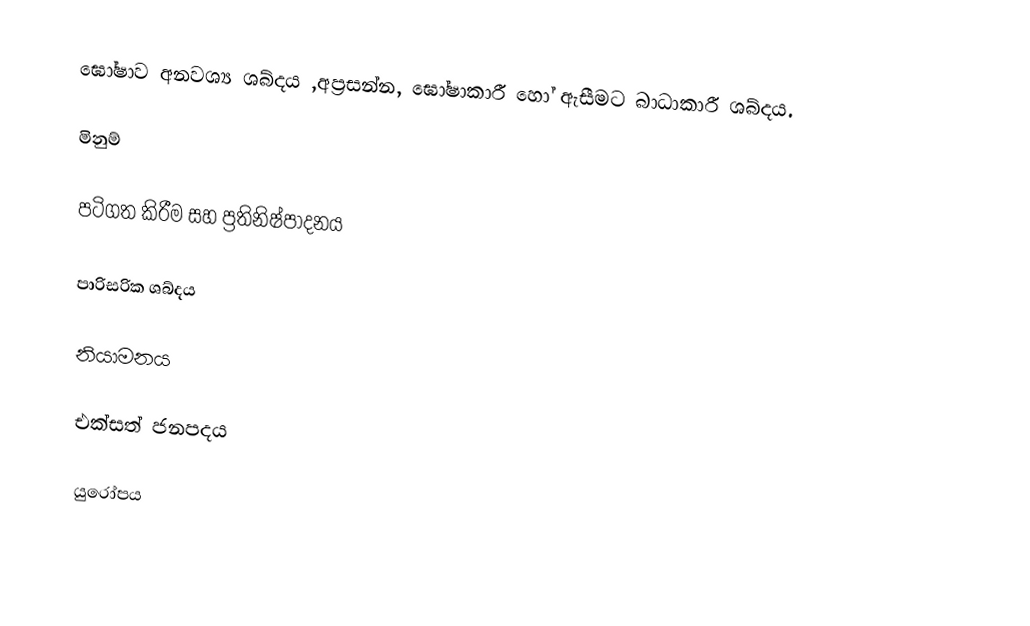
ඝෝෂාව අනවශ්‍ය ශබ්දය ,අප්‍රසන්න, ඝෝෂාකාරී හෝ ඇසීමට බාධාකාරී ශබ්දය.

මිනුම්

පටිගත කිරීම සහ ප්‍රතිනිෂ්පාදනය

පාරිසරික ශබ්දය

නියාමනය

එක්සත් ජනපදය

යුරෝපය